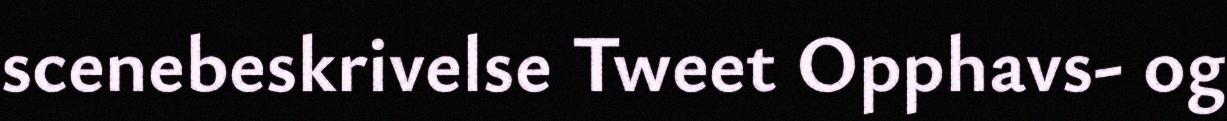
scenebeskrivelse Tweet Opphavs- og